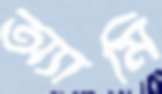
অ্যামি